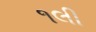
૧લી